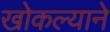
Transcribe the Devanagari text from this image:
खोकल्याने